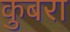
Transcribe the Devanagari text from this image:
कुबरा